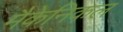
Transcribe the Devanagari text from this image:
मैकेनिकल